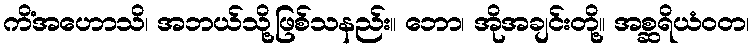
ကိံအဟောသိ၊ အဘယ်သို့ဖြစ်သနည်း။ ဘော၊ အိုအချင်းတို့။ အစ္ဆရိယံဝတ၊